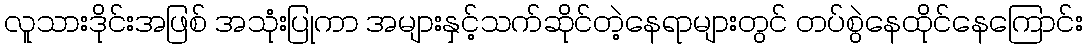
လူသားဒိုင်းအဖြစ် အသုံးပြုကာ အများနှင့်သက်ဆိုင်တဲ့နေရာများတွင် တပ်စွဲနေထိုင်နေကြောင်း